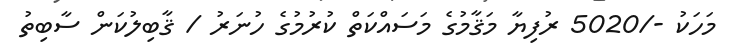
މަހަކު -/5020 ރުފިޔާ މަޤާމުގެ މަސައްކަތް ކުރުމުގެ ހުނަރު / ޤާބިލުކަން ސާބިތު